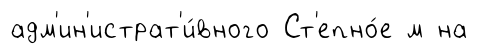
адм'ин'истрат'и́вного Ст'епно́е м на